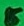
Text: 5